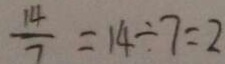
\frac { 1 4 } { 7 } = 1 4 \div 7 = 2